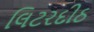
લિટરદીઠ